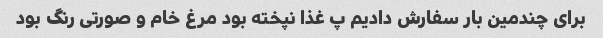
برای چندمین بار سفارش دادیم پ غذا نپخته بود مرغ خام و صورتی رنگ بود